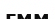
гмм